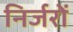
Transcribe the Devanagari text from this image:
निर्जरों